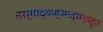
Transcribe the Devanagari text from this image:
तस्माद्यज्ञात्सर्वहुत